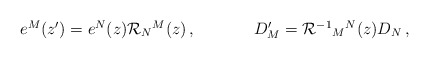
\begin{align*}\begin{array}{cc}e^{M}(z^{\prime})=e^{N}(z){\cal R}_{N}{}^{M}(z)\,,~~~~&~~~~D^{\prime}_{M}={\cal R}^{-1}{}_{M}{}^{N}(z)D_{N}\,,\end{array}\end{align*}